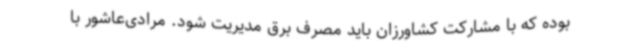
بوده که با مشارکت کشاورزان باید مصرف برق مدیریت شود. مرادی‌عاشور با